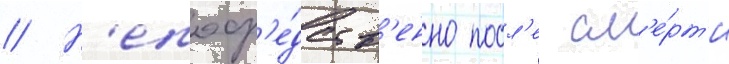
// Н'епоср'е́дств'енно посл'е см'е́рт'и